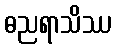
ဓညရာသိဿ